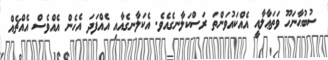
ސުބުޙާނަހޫ ވަތަޢާލާއީ އެއްކައުވަންތަ ރަސްކަލާނގެއެވެ. އެކަލާނގެއާއި އެއްފަދަ އެހެން އެއްވެސް އެއްޗެއް